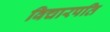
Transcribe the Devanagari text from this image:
विचारपति